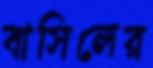
বাসিলের